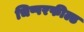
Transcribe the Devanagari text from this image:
चिप्परफील्ड